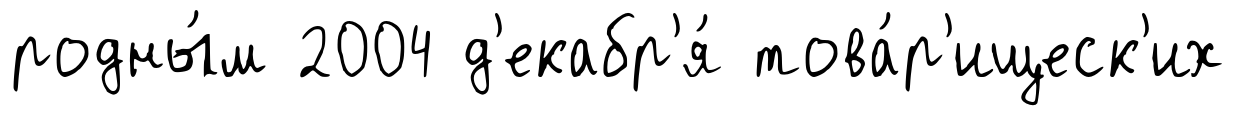
родны́м 2004 д'екабр'я́ това́р'ищеск'их